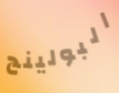
البولينج